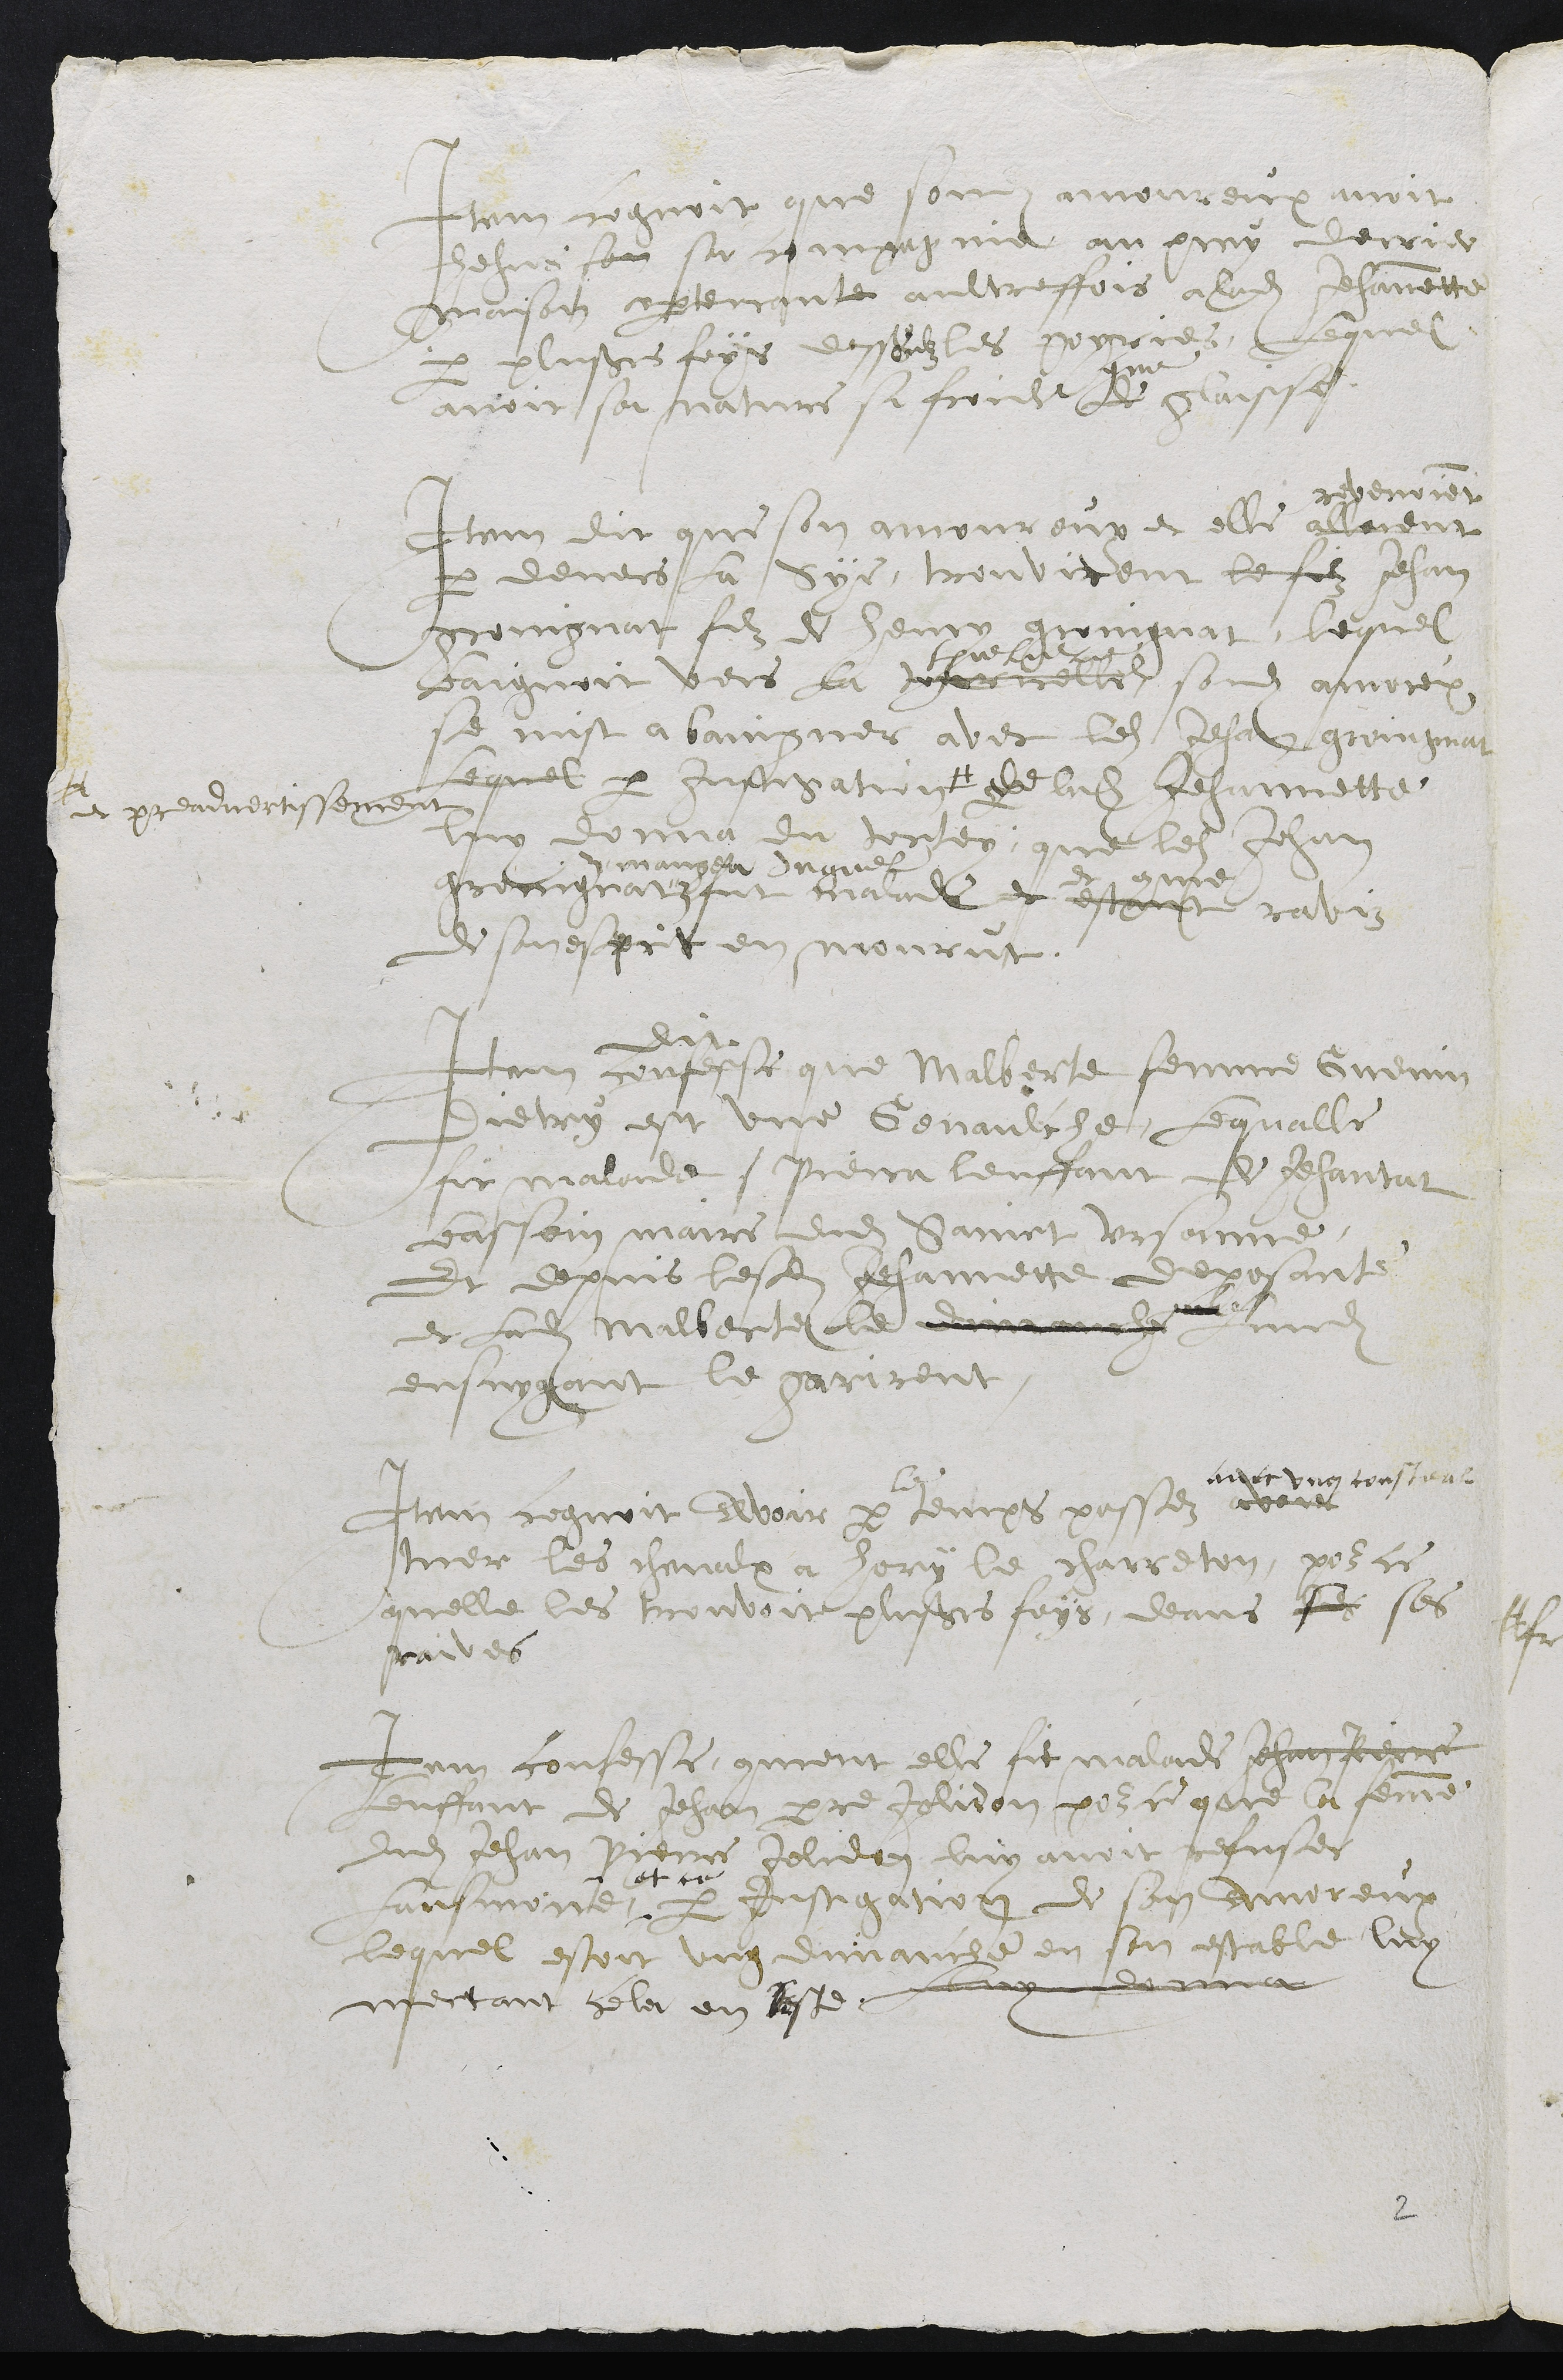
Item cognoit que sondit amoureux avoit
hehus sa compagnie au prey derrier
maison apartenante aultreffois a ladite Jehannette
par plusieurs foys dessoubz les poyries, lequel
avoit sa nature si froide de
comme
glaisse.
Item dit que son amoureux et elle allerent
revenoient
par devers sa Scye, treuvirent le filz Jehan
groingnat filz de henry groingnat, lequel
baignoit vers la ???rnelle
thueliere
son sondit amoreux
se mist a baingner avec ledit Jehan groingnat
Lequel par instigation #
#
et preadvertissement
par ladite Jehannette
luy donna du tortey, que ledit Jehan
groingnat "
mangea duquel
fut malade et estant
et comme
raviz
de son esprit en mourut.
Item confesse
dit
que Malberte femme Guenin
Dietry est une genaulche, lequalle
fit malade Pierra lenffant de Jehantat
bassain maire dudit Sainct Ursanne,
Et depuis lesdites Jehannette deposante
et ladite Malberte le dimanche ??
lundi
ensuygant le garirent.
Item cognoit avoir par
le
temps passez avoir
avec ung coustealx
tuer les chevaulx a hory le charreton, pour ce
quelle les treuvoit plusieurs foys, deans les ses
raives
Item confesse, comment elle fit malade Jehan Pierre
lenffant de Jehan Pierre Jolidon pour ce que la femme
dudit Jehan Pierre Jolidon luy avoit refuses
lausmone -
- et ce
par instigation de son amoreux
lequel estoit ung dimanche en son estable luy
mectant cela en teste
Lui donna